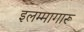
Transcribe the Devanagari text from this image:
इलम्मागारू